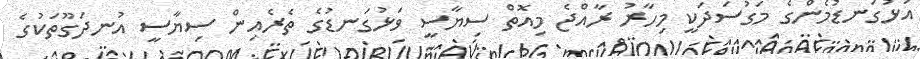
އަޅުގަނޑުމެންގެ މަގުސަދަކީ މިހާރު ރާއްޖެ މިއޮތް ސިޔާސީ ވަޅުގަނޑުގެ ތެރެއިން ސިޔާސީ އުނދަގޫތަކުގެ